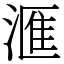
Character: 滙